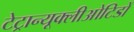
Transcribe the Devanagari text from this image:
टेट्रान्यूक्लीओटिडों